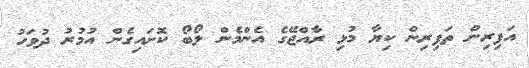
އަފިރިިން ތަފިރިން ކިޔާ މުޅި ރާއްޖޭގެ އެންމެން ލޯބޯ ކޮށައިގެން އުމުރު ދުވަހު